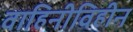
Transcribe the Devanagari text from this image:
वाहिनीविहीन